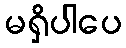
မရှိပါပေ